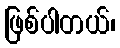
ဖြစ်ပါတယ်၊